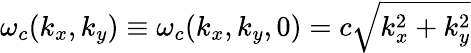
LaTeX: \omega_{c}({k_{x},k_{y}})\equiv\omega_{c}({k_{x},k_{y},0})=c\sqrt{k_{x}^{2}+k_{y}^{2}}